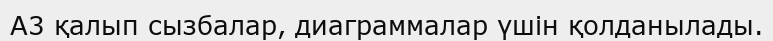
A3 қалып сызбалар, диаграммалар үшiн қолданылады.